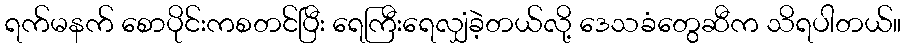
ရက်မနက် စောပိုင်းကစတင်ပြီး ရေကြီးရေလျှံခဲ့တယ်လို့ ဒေသခံတွေဆီက သိရပါတယ်။